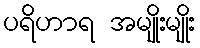
ပရိဟာရ အမျိုးမျိုး